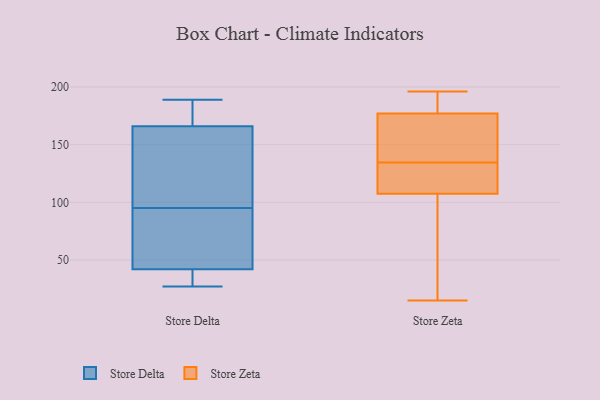
{"axis": {"x": "Tickets Resolved", "y": "Value"}, "legend": ["Store Delta", "Store Zeta"], "data": [{"x": "", "y": 176, "type": "Store Delta"}, {"x": "", "y": 33, "type": "Store Delta"}, {"x": "", "y": 42, "type": "Store Delta"}, {"x": "", "y": 84, "type": "Store Delta"}, {"x": "", "y": 184, "type": "Store Delta"}, {"x": "", "y": 27, "type": "Store Delta"}, {"x": "", "y": 189, "type": "Store Delta"}, {"x": "", "y": 166, "type": "Store Delta"}, {"x": "", "y": 44, "type": "Store Delta"}, {"x": "", "y": 106, "type": "Store Delta"}, {"x": "", "y": 122, "type": "Store Delta"}, {"x": "", "y": 61, "type": "Store Delta"}, {"x": "", "y": 30, "type": "Store Delta"}, {"x": "", "y": 129, "type": "Store Delta"}, {"x": "", "y": 130, "type": "Store Zeta"}, {"x": "", "y": 87, "type": "Store Zeta"}, {"x": "", "y": 191, "type": "Store Zeta"}, {"x": "", "y": 125, "type": "Store Zeta"}, {"x": "", "y": 187, "type": "Store Zeta"}, {"x": "", "y": 188, "type": "Store Zeta"}, {"x": "", "y": 132, "type": "Store Zeta"}, {"x": "", "y": 171, "type": "Store Zeta"}, {"x": "", "y": 133, "type": "Store Zeta"}, {"x": "", "y": 136, "type": "Store Zeta"}, {"x": "", "y": 102, "type": "Store Zeta"}, {"x": "", "y": 64, "type": "Store Zeta"}, {"x": "", "y": 15, "type": "Store Zeta"}, {"x": "", "y": 158, "type": "Store Zeta"}, {"x": "", "y": 196, "type": "Store Zeta"}, {"x": "", "y": 16, "type": "Store Zeta"}, {"x": "", "y": 113, "type": "Store Zeta"}, {"x": "", "y": 138, "type": "Store Zeta"}, {"x": "", "y": 168, "type": "Store Zeta"}, {"x": "", "y": 183, "type": "Store Zeta"}]}